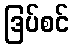
ဒြပ်စင်